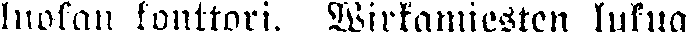
luokan konttori. Wirkamiesten lukua